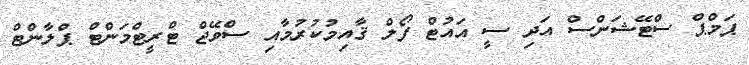
ޕަމްޕް ސްޓޭޝަންސް އަދި ސީ އައުޓް ފޯލް ޤާއިމުކުރުމާއި ސްވޭޖް ޓްރީޓްމަންޓް ޕްލާންޓް